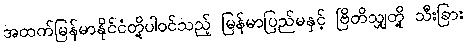
အထက်မြန်မာနိုင်ငံတို့ပါဝင်သည့် မြန်မာပြည်မနှင့် ဗြိတိသျှတို့ သီးခြား